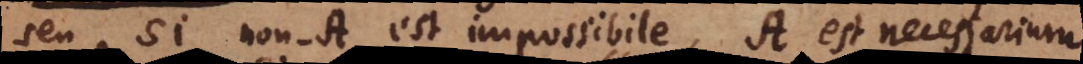
seu, si non‐A est impossibile, A est necessarium.